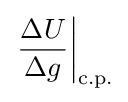
\left.{\frac {\Delta U}{\Delta g}}\right|_{\text{c.p.}}